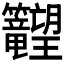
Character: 𬖉